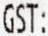
GST: